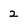
Character: 2